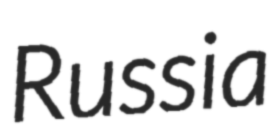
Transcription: Russia